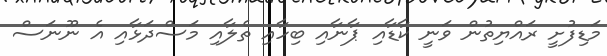
މަޑިފުށީ ރައްޔިތުން ވަނީ ކާޑާއި ޕާނާއި ބިހާއި ތެލާއި މަސްދަޅާއި އެ ނޫނަސް